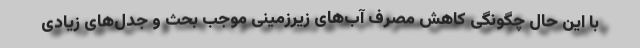
با این حال چگونگی کاهش مصرف آب‌های زیرزمینی موجب بحث و جدل‌های زیادی